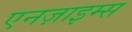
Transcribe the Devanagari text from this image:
एनज़ाइम्स